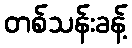
တစ်သန်းခန့်